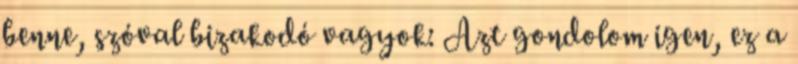
benne, szóval bizakodó vagyok: Azt gondolom igen, ez a